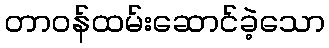
တာဝန်ထမ်းဆောင်ခဲ့သော